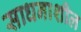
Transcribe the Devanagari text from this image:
साधनाशील